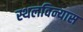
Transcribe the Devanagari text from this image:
स्थलविन्यास